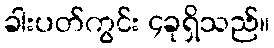
ခါးပတ်ကွင်း ၄ခုရှိသည်။